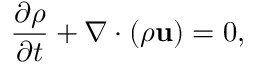
\frac { { \partial \rho } } { { \partial t } } + \nabla \cdot \left( { \rho { \bf { u } } } \right) = 0 ,